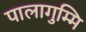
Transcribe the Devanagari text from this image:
पालागुम्मि